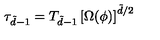
\tau _ { \tilde { d } - 1 } = T _ { \tilde { d } - 1 } \left[ \Omega ( \phi ) \right] ^ { \tilde { d } / 2 }